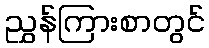
ညွှန်ကြားစာတွင်